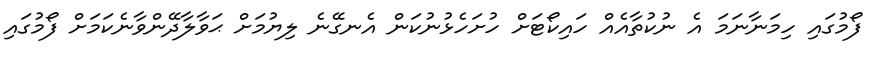
ފޯމުގައި ހިމަނާނަމަ އެ ނުކުތާއެއް ހައިކޯޓަށް ހުށަހެޅުނުކަން އެނގޭނެ ލިޔުމަށް ޙަވާލާދޭންވާނެކަމަށް ފޯމުގައި